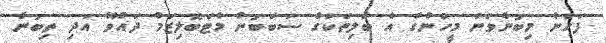
ފަހުން މިބުނެވުނު މީހުންގެ އެ ބަލިތަކުގެ ސަބަބުން މެޓަބޮލިޒަމް ދައްވޭ އަދި ތިބުނާ